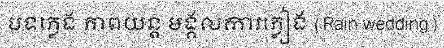
បទភ្លេង ភាពយន្ត មង្គលការភ្លៀង (Rain wedding)